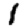
Digit: 1